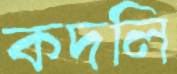
কদলি